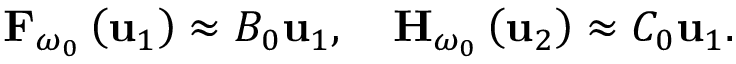
{ \bf F } _ { \omega _ { 0 } } \left( { \bf u } _ { 1 } \right) \approx { \cal B } _ { 0 } \mathbf { u } _ { 1 } , \quad { \bf H } _ { \omega _ { 0 } } \left( { \bf u } _ { 2 } \right) \approx { \cal C } _ { 0 } \mathbf { u } _ { 1 } .